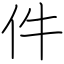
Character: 件